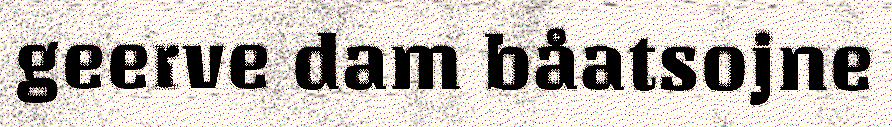
geerve dam båatsojne